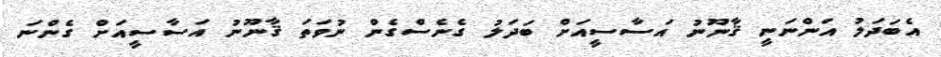
އެބަދަލު އަންނަނީ ޤާނޫނު އަސާސީއަށް ބަދަލު ގެނެސްގެން ނުވަތަ ޤާނޫނު އަސާސީއަށް ގެންނަ